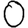
Digit: 0